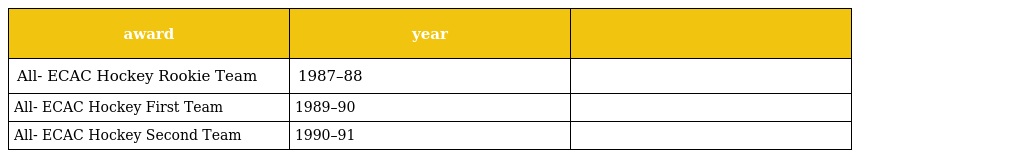
| award | year |  |
 | --- | --- | --- |
 | All- ECAC Hockey Rookie Team | 1987–88 |  |
 | All- ECAC Hockey First Team | 1989–90 |  |
 | All- ECAC Hockey Second Team | 1990–91 |  |